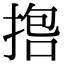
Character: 𪮇